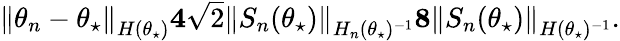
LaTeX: \begin{array}{r}{\left\lVert\theta_{n}-\theta_{\star}\right\rVert_{H(\theta_{\star})}\le 4\sqrt{2}\left\lVert S_{n}(\theta_{\star})\right\rVert_{H_{n}(\theta_{\star})^{-1}}\le 8\left\lVert S_{n}(\theta_{\star})\right\rVert_{H(\theta_{\star})^{-1}}.}\end{array}